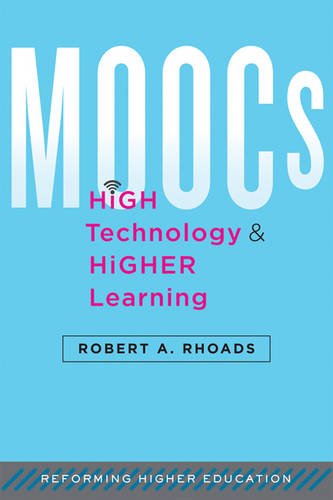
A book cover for MOOCs, High Technology, and Higher Learning (Reforming Higher Education: Innovation and the Public Good); Robert A. Rhoads; Education & Teaching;